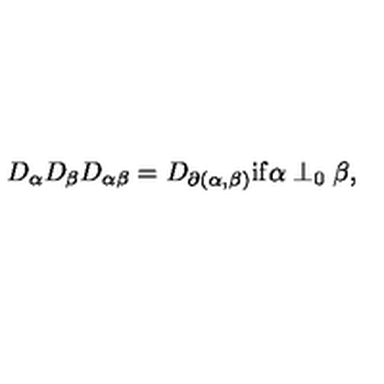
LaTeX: D _ { \alpha } D _ { \beta } D _ { \alpha \beta } = D _ { \partial ( \alpha , \beta ) } \mathrm { i f } \alpha \perp _ { 0 } \beta ,